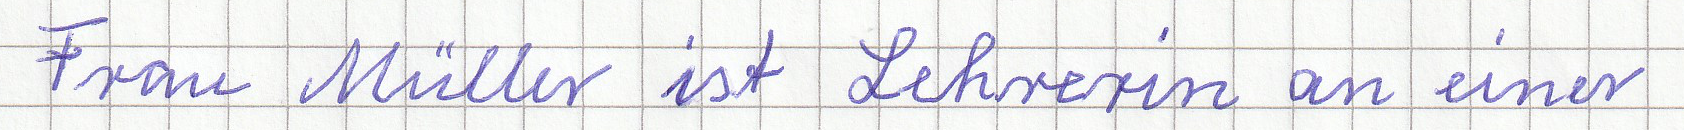
Frau Müller ist Lehrerin an einer